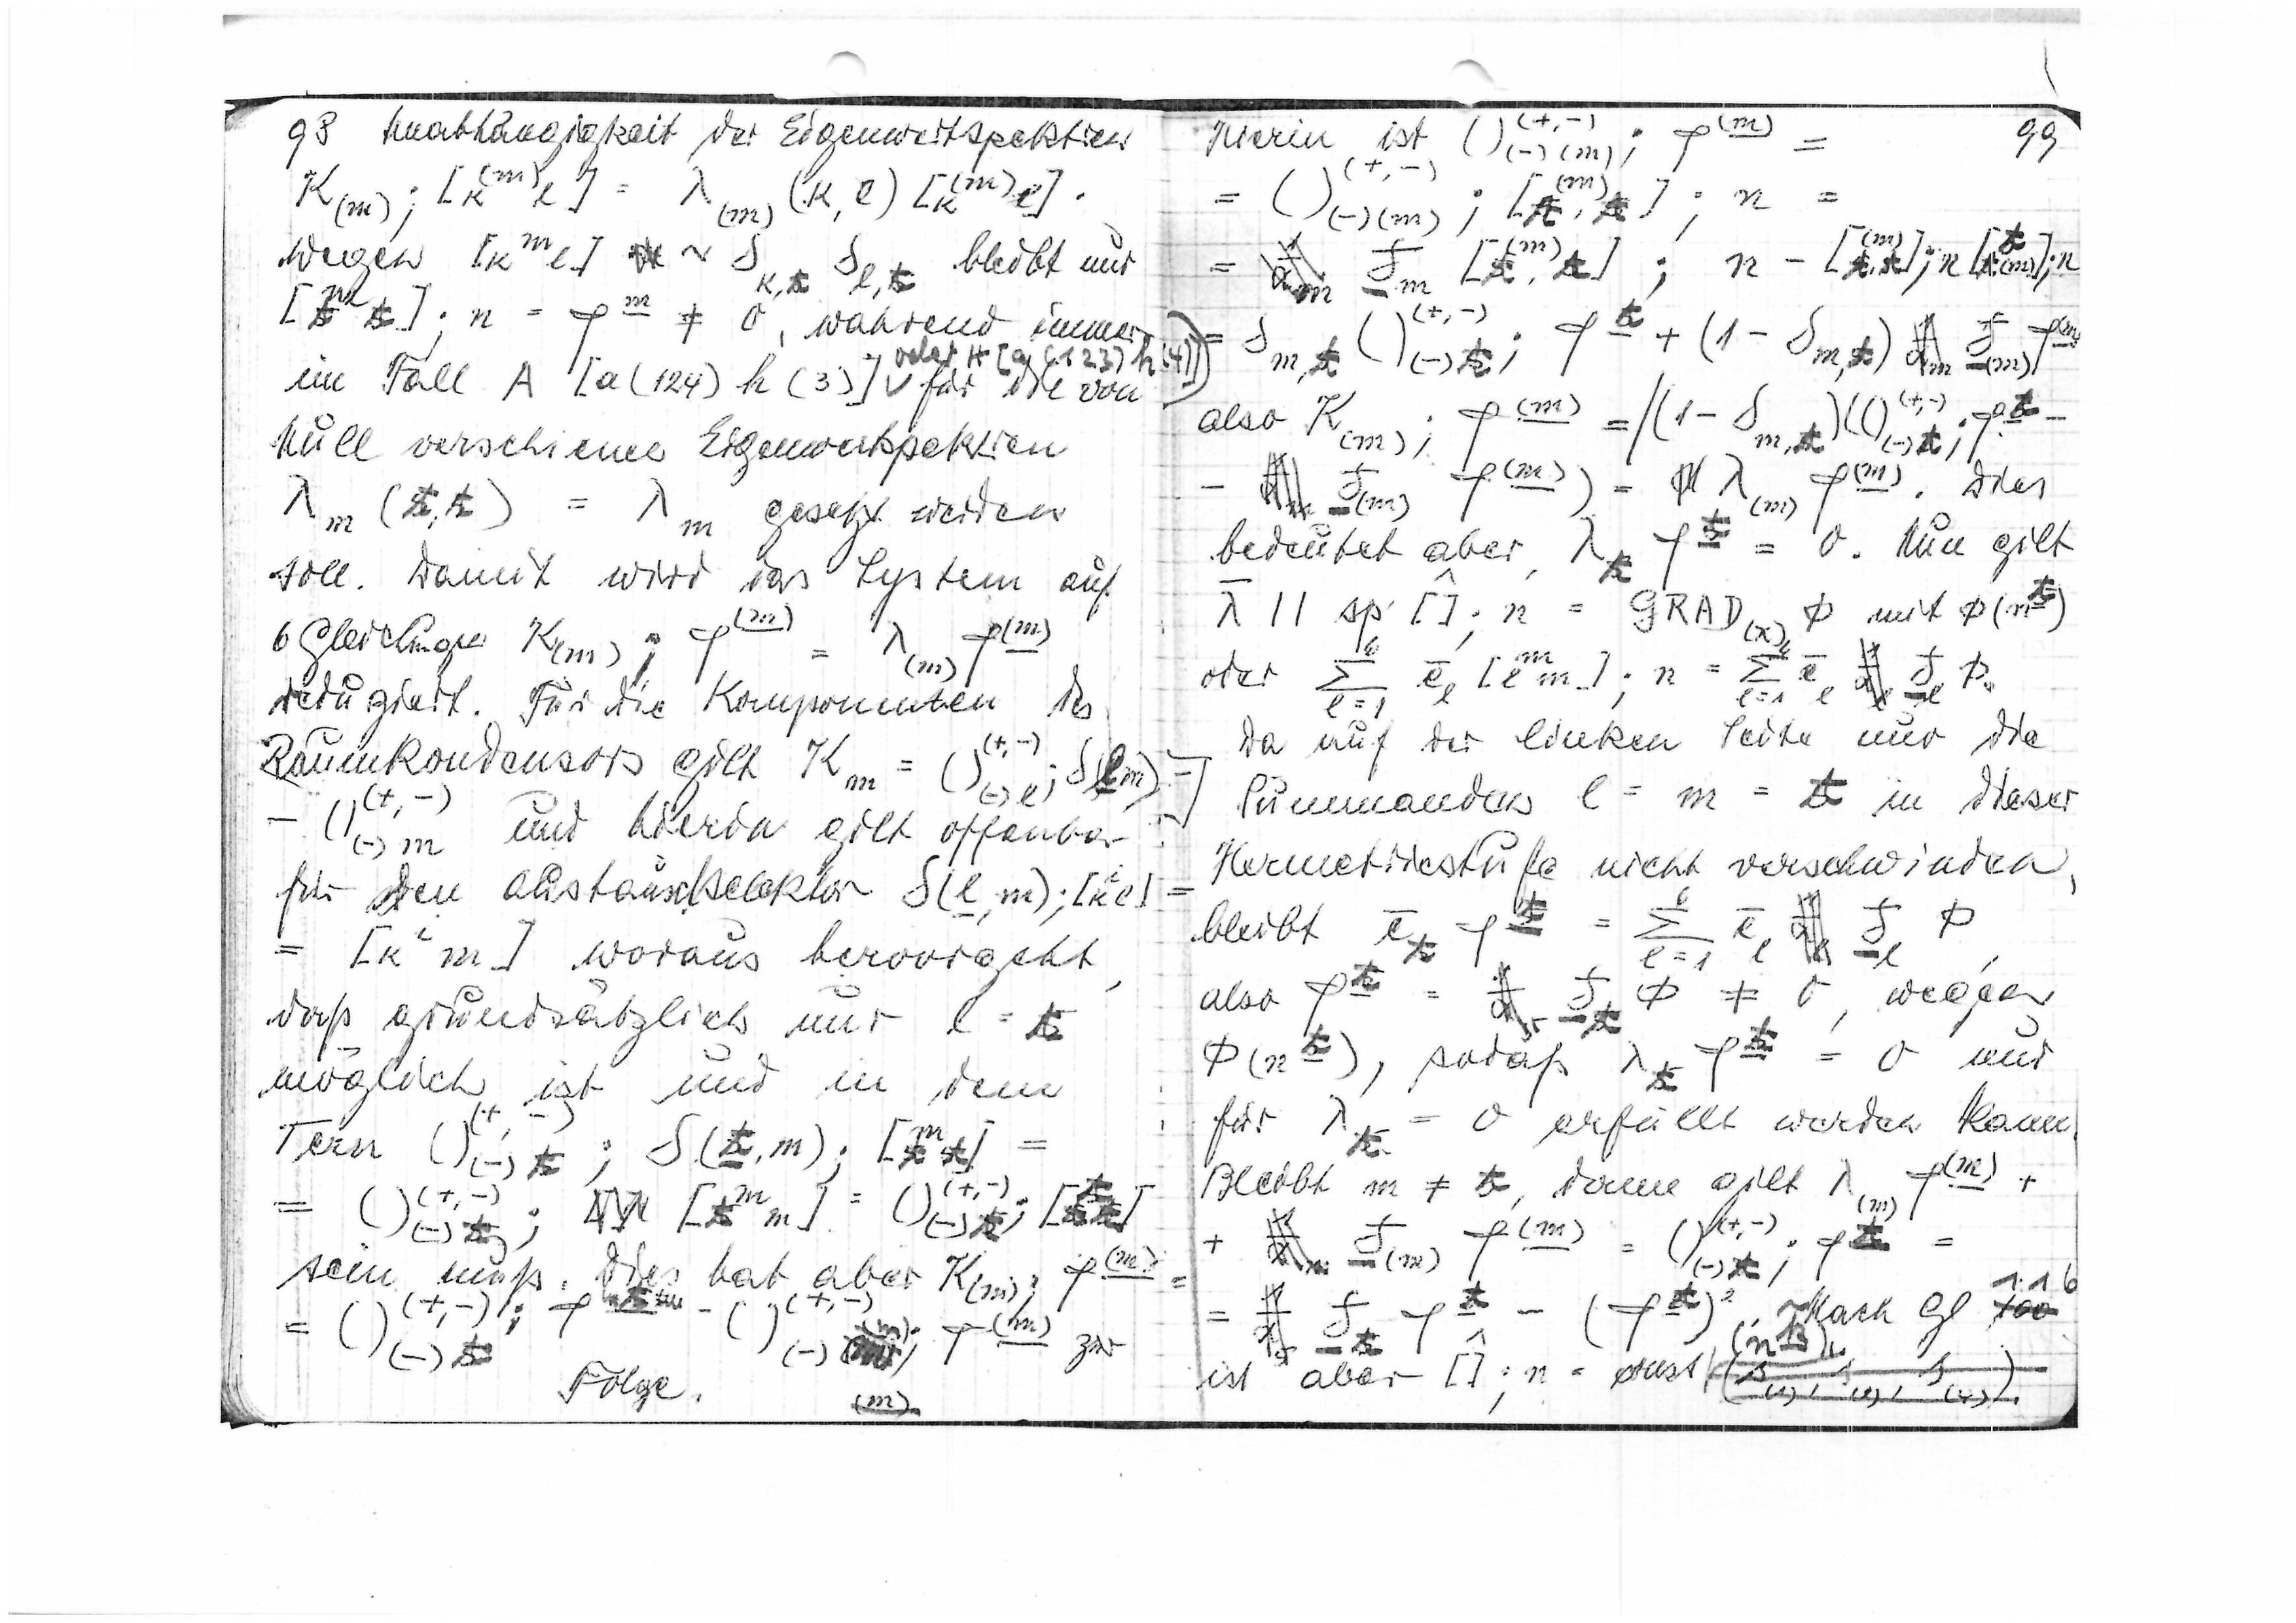
98
Unabhängigkeit der Eigenwertspektren

wegen

bleibt nur

während immer
oder H[a(123)
im Fall A [a(124)h(3)]
für die von
Null verschiedenen Eigenwertspektren

gesetzt werden
soll. Damit wird das System auf

6 Gleichungen

reguliert. Für die Komponenten des
(+,-)
Raumkondensors gilt

(+,
(-)m
und hierbei gilt offenbar
für den Austauschselektor

woraus hervorgeht,
daß grundsätzlich nur l = 1
möglich ist und in dem
=
Term

-)

sein muß. Dies hat aber K(m)
(+,-)

=

(m)
Folge
(m)

99

=
Hierin ist

+,-
(m
=
=

(m)

also K(m);

Dies
bedeutet aber

=0. Nun gilt

m

Da auf der linken Seite nur die
Summanden l = m = 1 in dieser
Hermetriestufe nicht verschwinden,

bleibt

also

wegen

=0 und

sodaß

für

= 0 erfüllt werden kann
Bleibt m ≠ 1, dann gilt

(m)

+

nach Gl.
116
100

ist aber

n = const